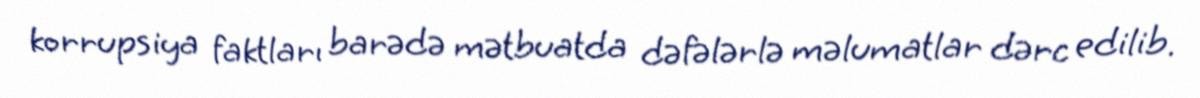
korrupsiya faktları barədə mətbuatda dəfələrlə məlumatlar dərc edilib.